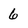
Character: 6